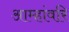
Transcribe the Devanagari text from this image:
आम्हांवरि